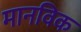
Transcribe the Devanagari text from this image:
मानविक